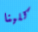
كلينا